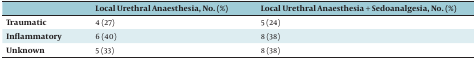
|  | Local Urethral Anaesthesia, No. (%) | Local Urethral Anaesthesia + Sedoanalgesia, No. (%) |
 | --- | --- | --- |
 | Traumatic | 4 (27) | 5 (24) |
 | Inflammatory | 6 (40) | 8 (38) |
 | Unknown | 5 (33) | 8 (38) |